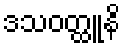
ဒသဝတ္ထူနိ